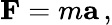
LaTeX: \mathbf{F}=m\mathbf{a}\, ,